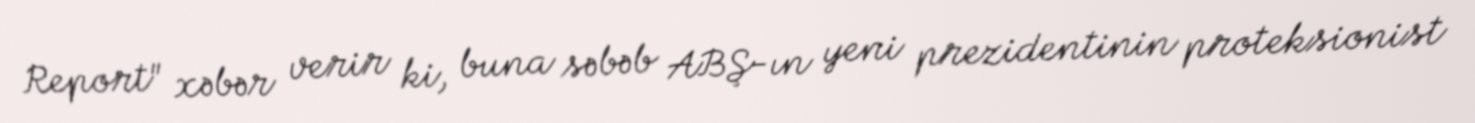
Report" xəbər verir ki, buna səbəb ABŞ-ın yeni prezidentinin proteksionist